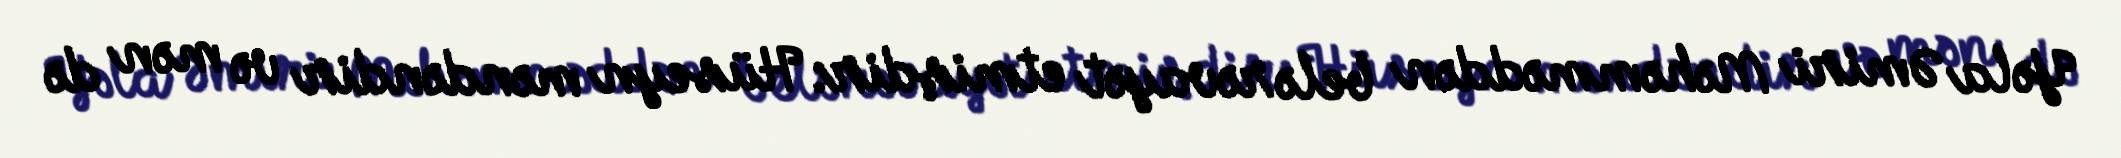
Yəla Əmiri Məhəmməddən belə rəvayət etmişdir: Hüseyn məndəndir və mən də